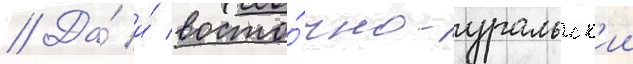
// Да́ и́ восто́чно-уральск'ии